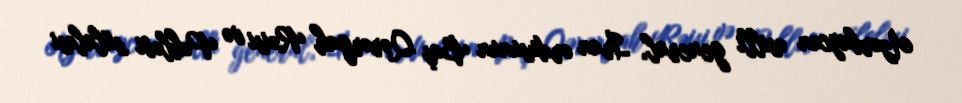
Azərbaycan əsilli general, İran ordusunun Baş Qərərgah Rəisi və Pəhləvi sülaləsi